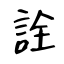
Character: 詮